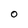
Character: O